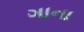
ગાના